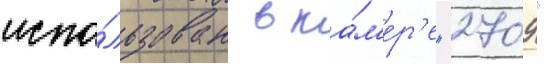
испо́льзован в ка́м'ер'е "2709"